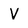
Character: V